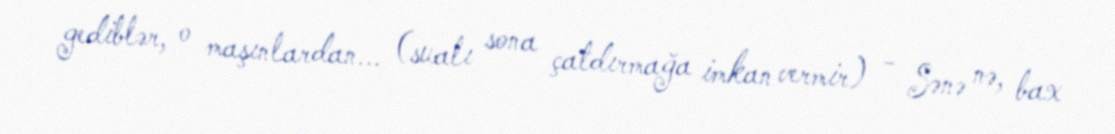
gediblər, o maşınlardan... (sualı sona çatdırmağa imkan vermir) - Sənə nə, bax